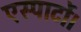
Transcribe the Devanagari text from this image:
एस्पार्टो।